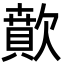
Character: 歕